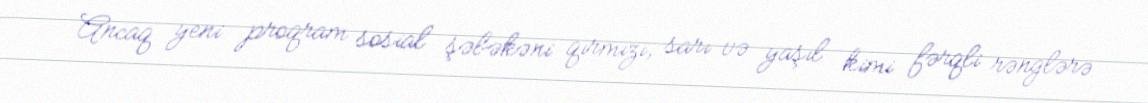
Ancaq yeni proqram sosial şəbəkəni qırmızı, sarı və yaşıl kimi fərqli rənglərə